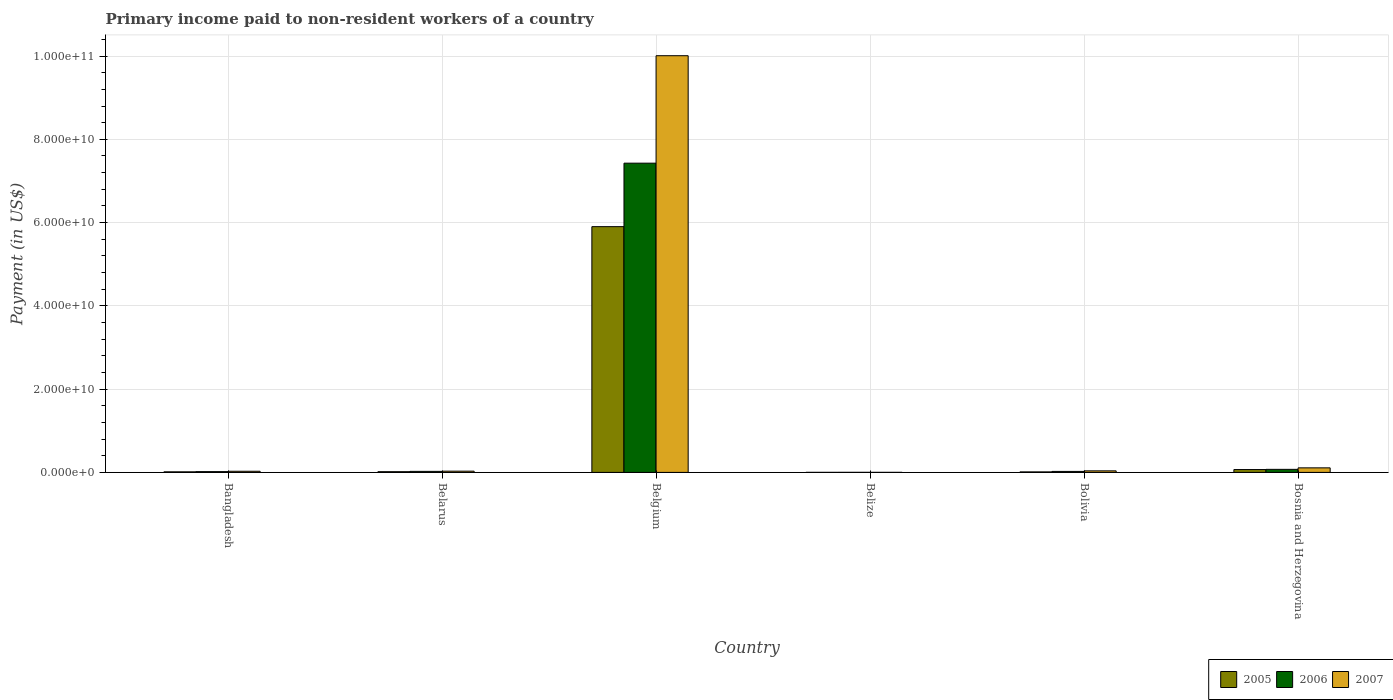
| Country | 2005 | 2006 | 2007 |
 | --- | --- | --- | --- |
 | Bangladesh | 1.35e+08 | 1.84e+08 | 2.72e+08 |
 | Belarus | 1.68e+08 | 2.47e+08 | 2.97e+08 |
 | Belgium | 5.9e+10 | 7.43e+10 | 1e+11 |
 | Belize | 6.78e+06 | 1.01e+07 | 6.97e+06 |
 | Bolivia | 1.21e+08 | 2.35e+08 | 3.7e+08 |
 | Bosnia and Herzegovina | 6.82e+08 | 7.33e+08 | 1.09e+09 |